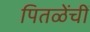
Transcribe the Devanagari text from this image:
पितळेंचीं